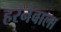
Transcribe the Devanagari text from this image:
हरनेवाला